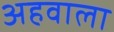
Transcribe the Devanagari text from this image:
अहवाला